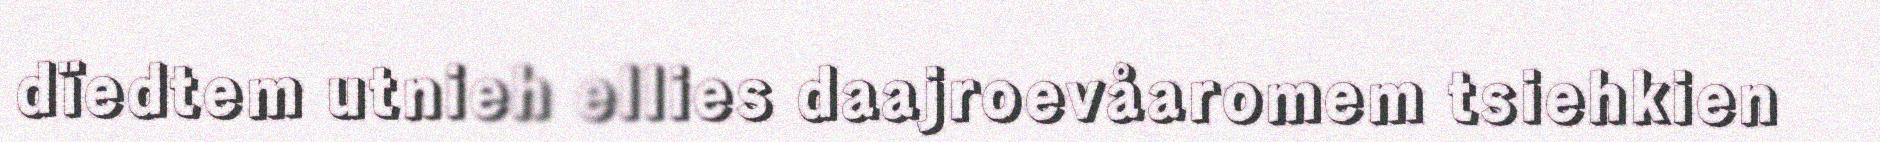
dïedtem utnieh ellies daajroevåaromem tsiehkien